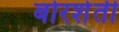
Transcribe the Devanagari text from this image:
बोरशेती